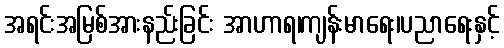
အရင်းအမြစ်အားနည်းခြင်း အာဟာရ၊ကျန်းမာရေး၊ပညာရေးနှင့်